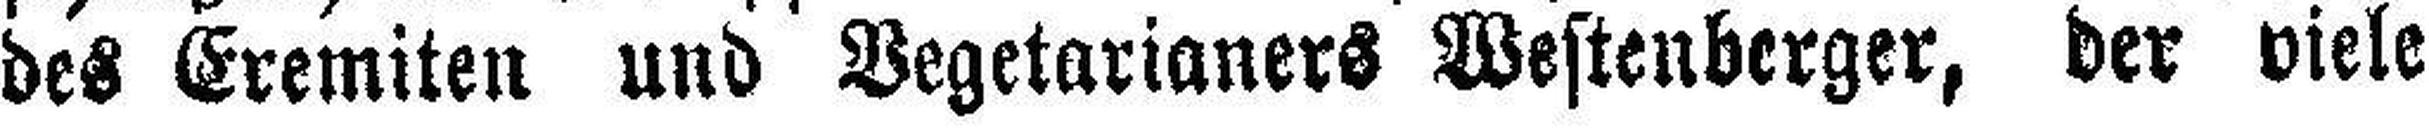
des Eremiten und Vegetarianers Westenberger, der viele